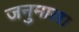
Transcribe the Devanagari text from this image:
जनुमाला